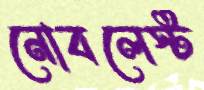
নোবলেস্ট